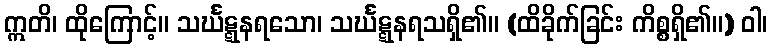
ဣတိ၊ ထိုကြောင့်။ သင်္ဃဋ္ဋနရသော၊ သင်္ဃဋ္ဋနရသရှိ၏။ (ထိခိုက်ခြင်း ကိစ္စရှိ၏။) ဝါ၊